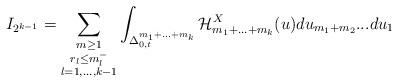
LaTeX: \begin{align*}I_{2^{k-1}}=\sum_{\substack{ m\geq 1 \\ r_{l}\leq m_{l}^{-} \\ l=1,...,k-1}}\int_{\Delta _{0,t}^{m_{1}+...+m_{k}}}\mathcal{H}_{m_{1}+...+m_{k}}^{X}(u)du_{m_{1}+m_{2}}...du_{1}\end{align*}